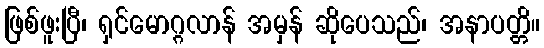
ဖြစ်ဖူးပြီ၊ ရှင်မောဂ္ဂလာန် အမှန် ဆိုပေသည်၊ အနာပတ္တိ။